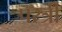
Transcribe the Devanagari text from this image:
परत्री